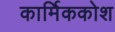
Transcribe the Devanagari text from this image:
कार्मिककोश